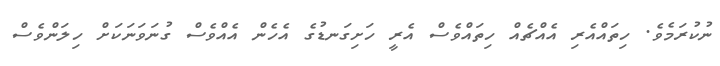
ނުކުރަމެވެ. ހިތައްއެރި އެއްޗެއް ހިތައްވެސް އެރީ ހަށިގަނޑުގެ އެހެން އެއްވެސް ގުނަވަނަކަށް ހިލަންވެސް